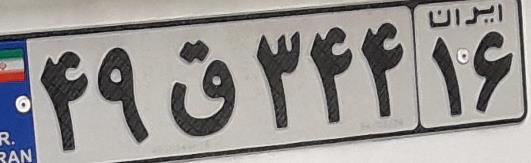
۴۹ق۳۴۴۱۶